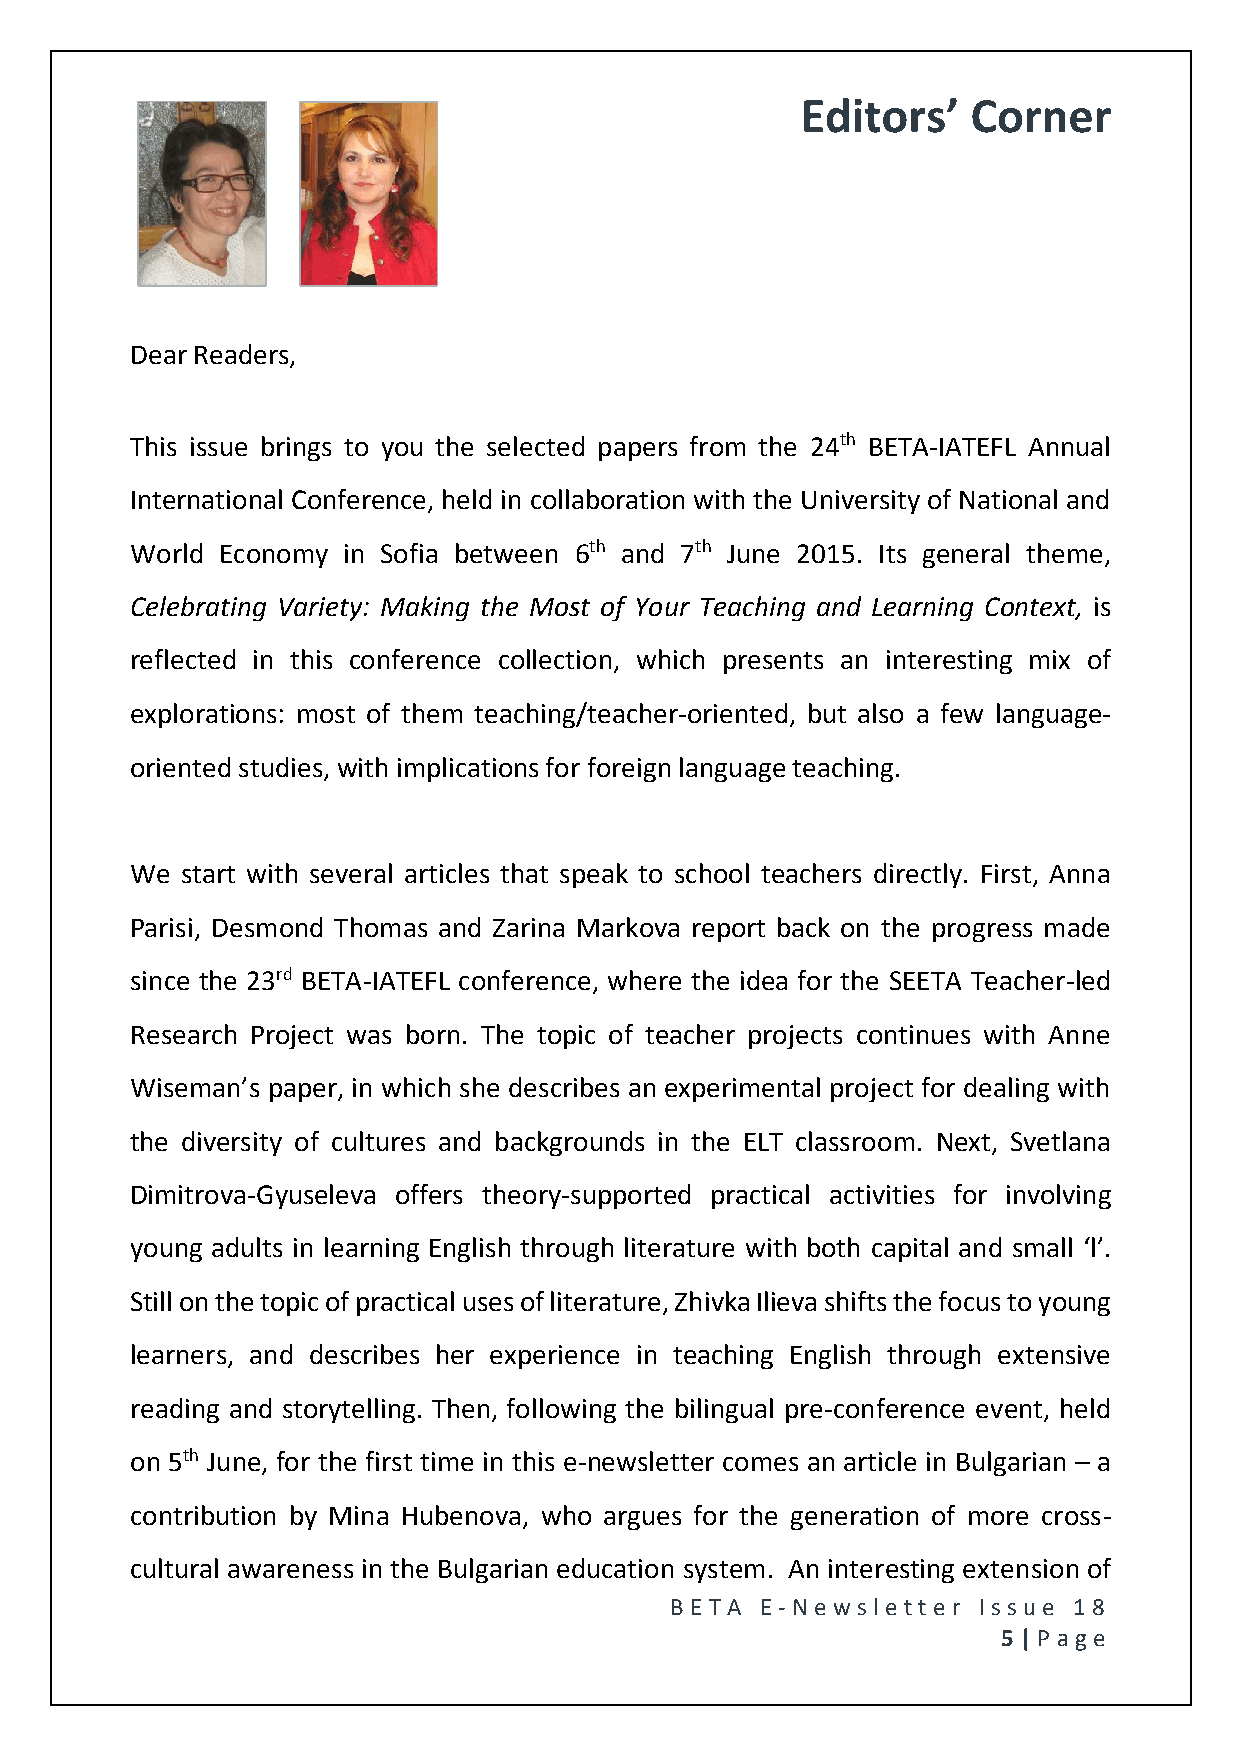
Editors’   Corner
 Dear Readers,
 This issue brings to you the selected papers from the 24th BETA-IATEFL Annual
 International Conference, held in collaboration with the University of National and
 World Economy in Sofia between 6th and 7th June 2015. Its general theme,
 Celebrating Variety: Making the Most of Your Teaching and Learning Context, is
 reflected in this conference collection, which presents an interesting mix of
 explorations: most of them teaching/teacher-oriented, but also a few language-
 oriented studies, with implications for foreign language teaching.
 We start with several articles that speak to school teachers directly. First, Anna
 Parisi, Desmond Thomas and Zarina Markova report back on the progress made
 since the 23rd BETA-IATEFL conference, where the idea for the SEETA Teacher-led
 Research Project was born. The topic of teacher projects continues with Anne
 Wiseman’s paper, in which she describes an experimental project for dealing with
 the diversity of cultures and backgrounds in the ELT classroom. Next, Svetlana
 Dimitrova-Gyuseleva offers theory-supported practical activities for involving
 young adults in learning English through literature with both capital and small ‘l’.
 Still on the topic of practical uses of literature, Zhivka Ilieva shifts the focus to young
 learners, and describes her experience in teaching English through extensive
 reading and storytelling. Then, following the bilingual pre-conference event, held
 on 5th June, for the first time in this e-newsletter comes an article in Bulgarian – a
 contribution by Mina Hubenova, who argues for the generation of more cross-
 cultural awareness in the Bulgarian education system. An interesting extension of
 BE T A E -N e wsle tt e r Issue 18
 5 | P age